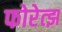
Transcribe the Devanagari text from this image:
फोरेत्झ